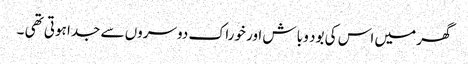
گھر میں اس کی بود و باش اور خوراک دوسروں سے جدا ہوتی تھی ۔